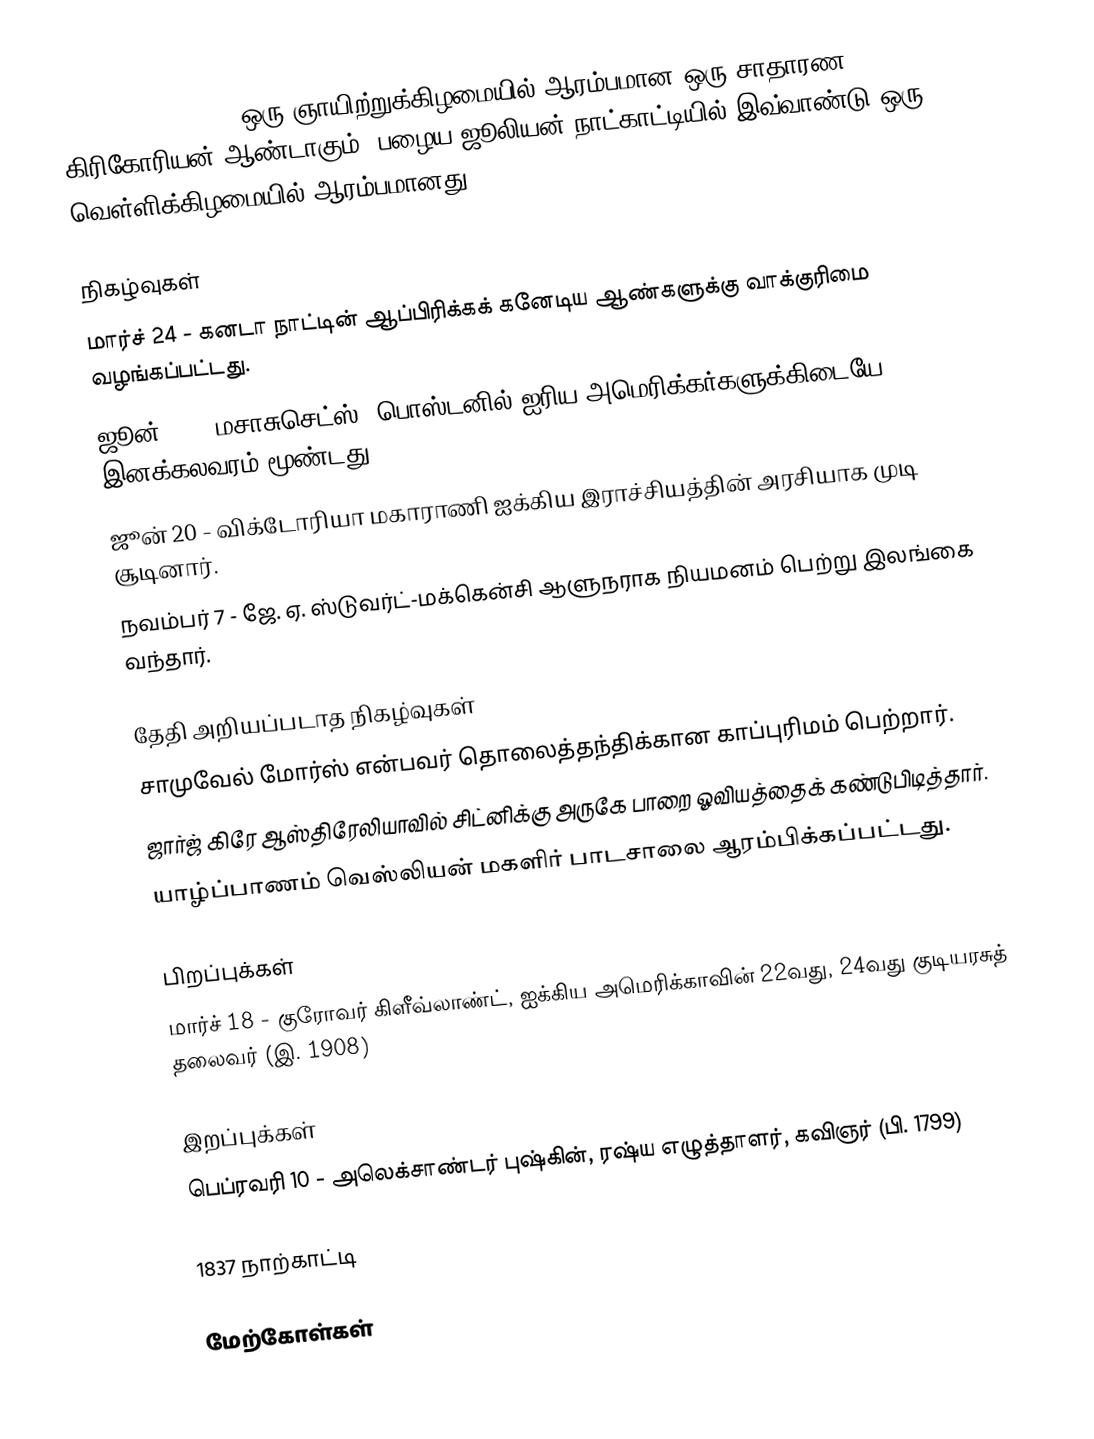
1837  (MDCCCXXXVII) ஒரு ஞாயிற்றுக்கிழமையில் ஆரம்பமான ஒரு சாதாரண கிரிகோரியன் ஆண்டாகும். பழைய ஜூலியன் நாட்காட்டியில் இவ்வாண்டு ஒரு வெள்ளிக்கிழமையில் ஆரம்பமானது.

நிகழ்வுகள்
 மார்ச் 24 - கனடா நாட்டின் ஆப்பிரிக்கக் கனேடிய ஆண்களுக்கு வாக்குரிமை வழங்கப்பட்டது.
 ஜூன் 11 - மசாசுசெட்ஸ், பொஸ்டனில் ஐரிய-அமெரிக்கர்களுக்கிடையே இனக்கலவரம் மூண்டது.
 ஜூன் 20 - விக்டோரியா மகாராணி ஐக்கிய இராச்சியத்தின் அரசியாக முடி சூடினார்.
 நவம்பர் 7 - ஜே. ஏ. ஸ்டுவர்ட்-மக்கென்சி ஆளுநராக நியமனம் பெற்று இலங்கை வந்தார்.

தேதி அறியப்படாத நிகழ்வுகள்
 சாமுவேல் மோர்ஸ் என்பவர் தொலைத்தந்திக்கான காப்புரிமம் பெற்றார்.
 ஜார்ஜ் கிரே ஆஸ்திரேலியாவில் சிட்னிக்கு அருகே பாறை ஓவியத்தைக் கண்டுபிடித்தார்.
 யாழ்ப்பாணம் வெஸ்லியன் மகளிர் பாடசாலை ஆரம்பிக்கப்பட்டது.

பிறப்புக்கள்
 மார்ச் 18 - குரோவர் கிளீவ்லாண்ட், ஐக்கிய அமெரிக்காவின் 22வது, 24வது குடியரசுத் தலைவர் (இ. 1908)

இறப்புக்கள்
 பெப்ரவரி 10 - அலெக்சாண்டர் புஷ்கின், ரஷ்ய எழுத்தாளர், கவிஞர் (பி. 1799)

1837 நாற்காட்டி

மேற்கோள்கள்